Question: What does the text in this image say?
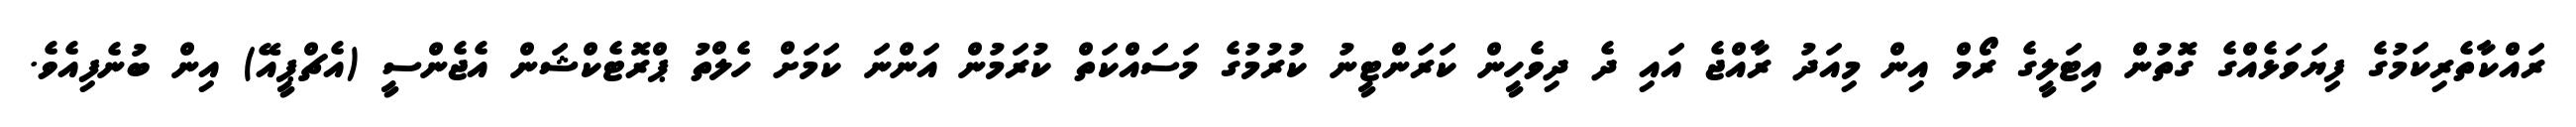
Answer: ރައްކާތެރިކަމުގެ ފިޔަވަޅެއްގެ ގޮތުން އިޓަލީގެ ރޯމް އިން މިއަދު ރާއްޖެ އައި ދެ ދިވެހީން ކަރަންޓީނު ކުރުމުގެ މަސައްކަތް ކުރަމުން އަންނަ ކަމަށް ހެލްތު ޕްރޮޓެކްޝަން އެޖެންސީ (އެޗްޕީއޭ) އިން ބުނެފިއެވެ.